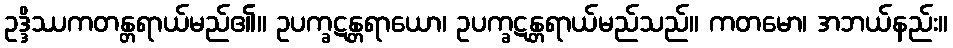
ဥဒ္ဒိဿကတန္တရာယ်မည်၏။ ဥပက္ခဋန္တရာယော၊ ဥပက္ခဋန္တရာယ်မည်သည်။ ကတမော၊ အဘယ်နည်း။